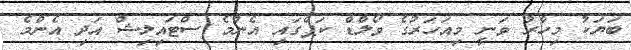
ބަޔަކު މިހާރު ވަނީ މިއަހަރުގެ ވޯލްޑް ކަޕްގައި އެންމެ ސްޓައިލިޝް އަދި އެންމެ